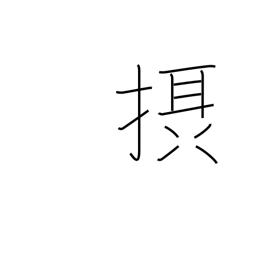
Meaning: absorb